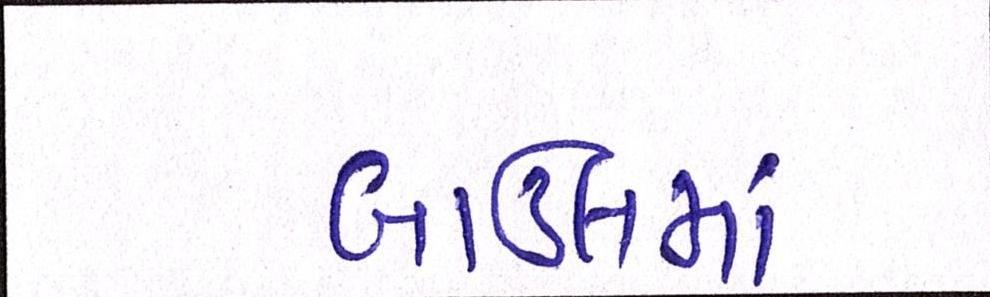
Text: બાઉલમાં